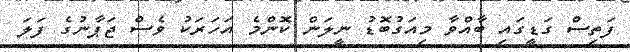
ފަތިސް ގަޑީގައި ބާއްވާ މިއަގުބޮޑު ނީލަން ކޮންމެ އަހަރަކު ވެސް ޖަޕާނުގެ ފަލަ